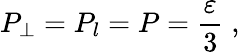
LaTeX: P_{\perp}=P_{l}=P=\frac{\varepsilon}{3}\; ,